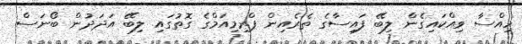
ހިއްސާ ވިއްކައިގެން ލިބޭ ފައިސާގެ ތެރެއިން ޕްރިމިއަމްގެ ގޮތުގައި ލިބޭ އަދަދުން ބޯނަސް